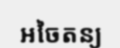
អចៃតន្យ